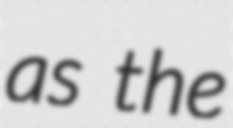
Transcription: as the